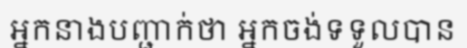
អ្នកនាងបញ្ជាក់ថា អ្នកចង់ទទួលបាន